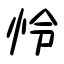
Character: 怜